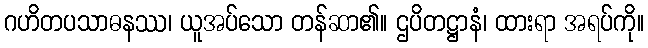
ဂဟိတပသာဓနဿ၊ ယူအပ်သော တန်ဆာ၏။ ဌပိတဋ္ဌာနံ၊ ထားရာ အရပ်ကို။